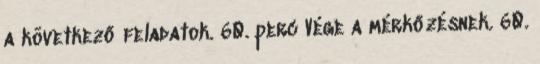
a következő feladatok. 60. perc Vége a mérkőzésnek. 60.